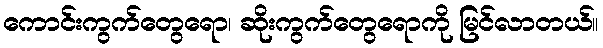
ကောင်းကွက်တွေရော၊ ဆိုးကွက်တွေရောကို မြင်လာတယ်။